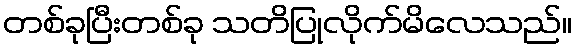
တစ်ခုပြီးတစ်ခု သတိပြုလိုက်မိလေသည်။